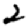
Digit: 2